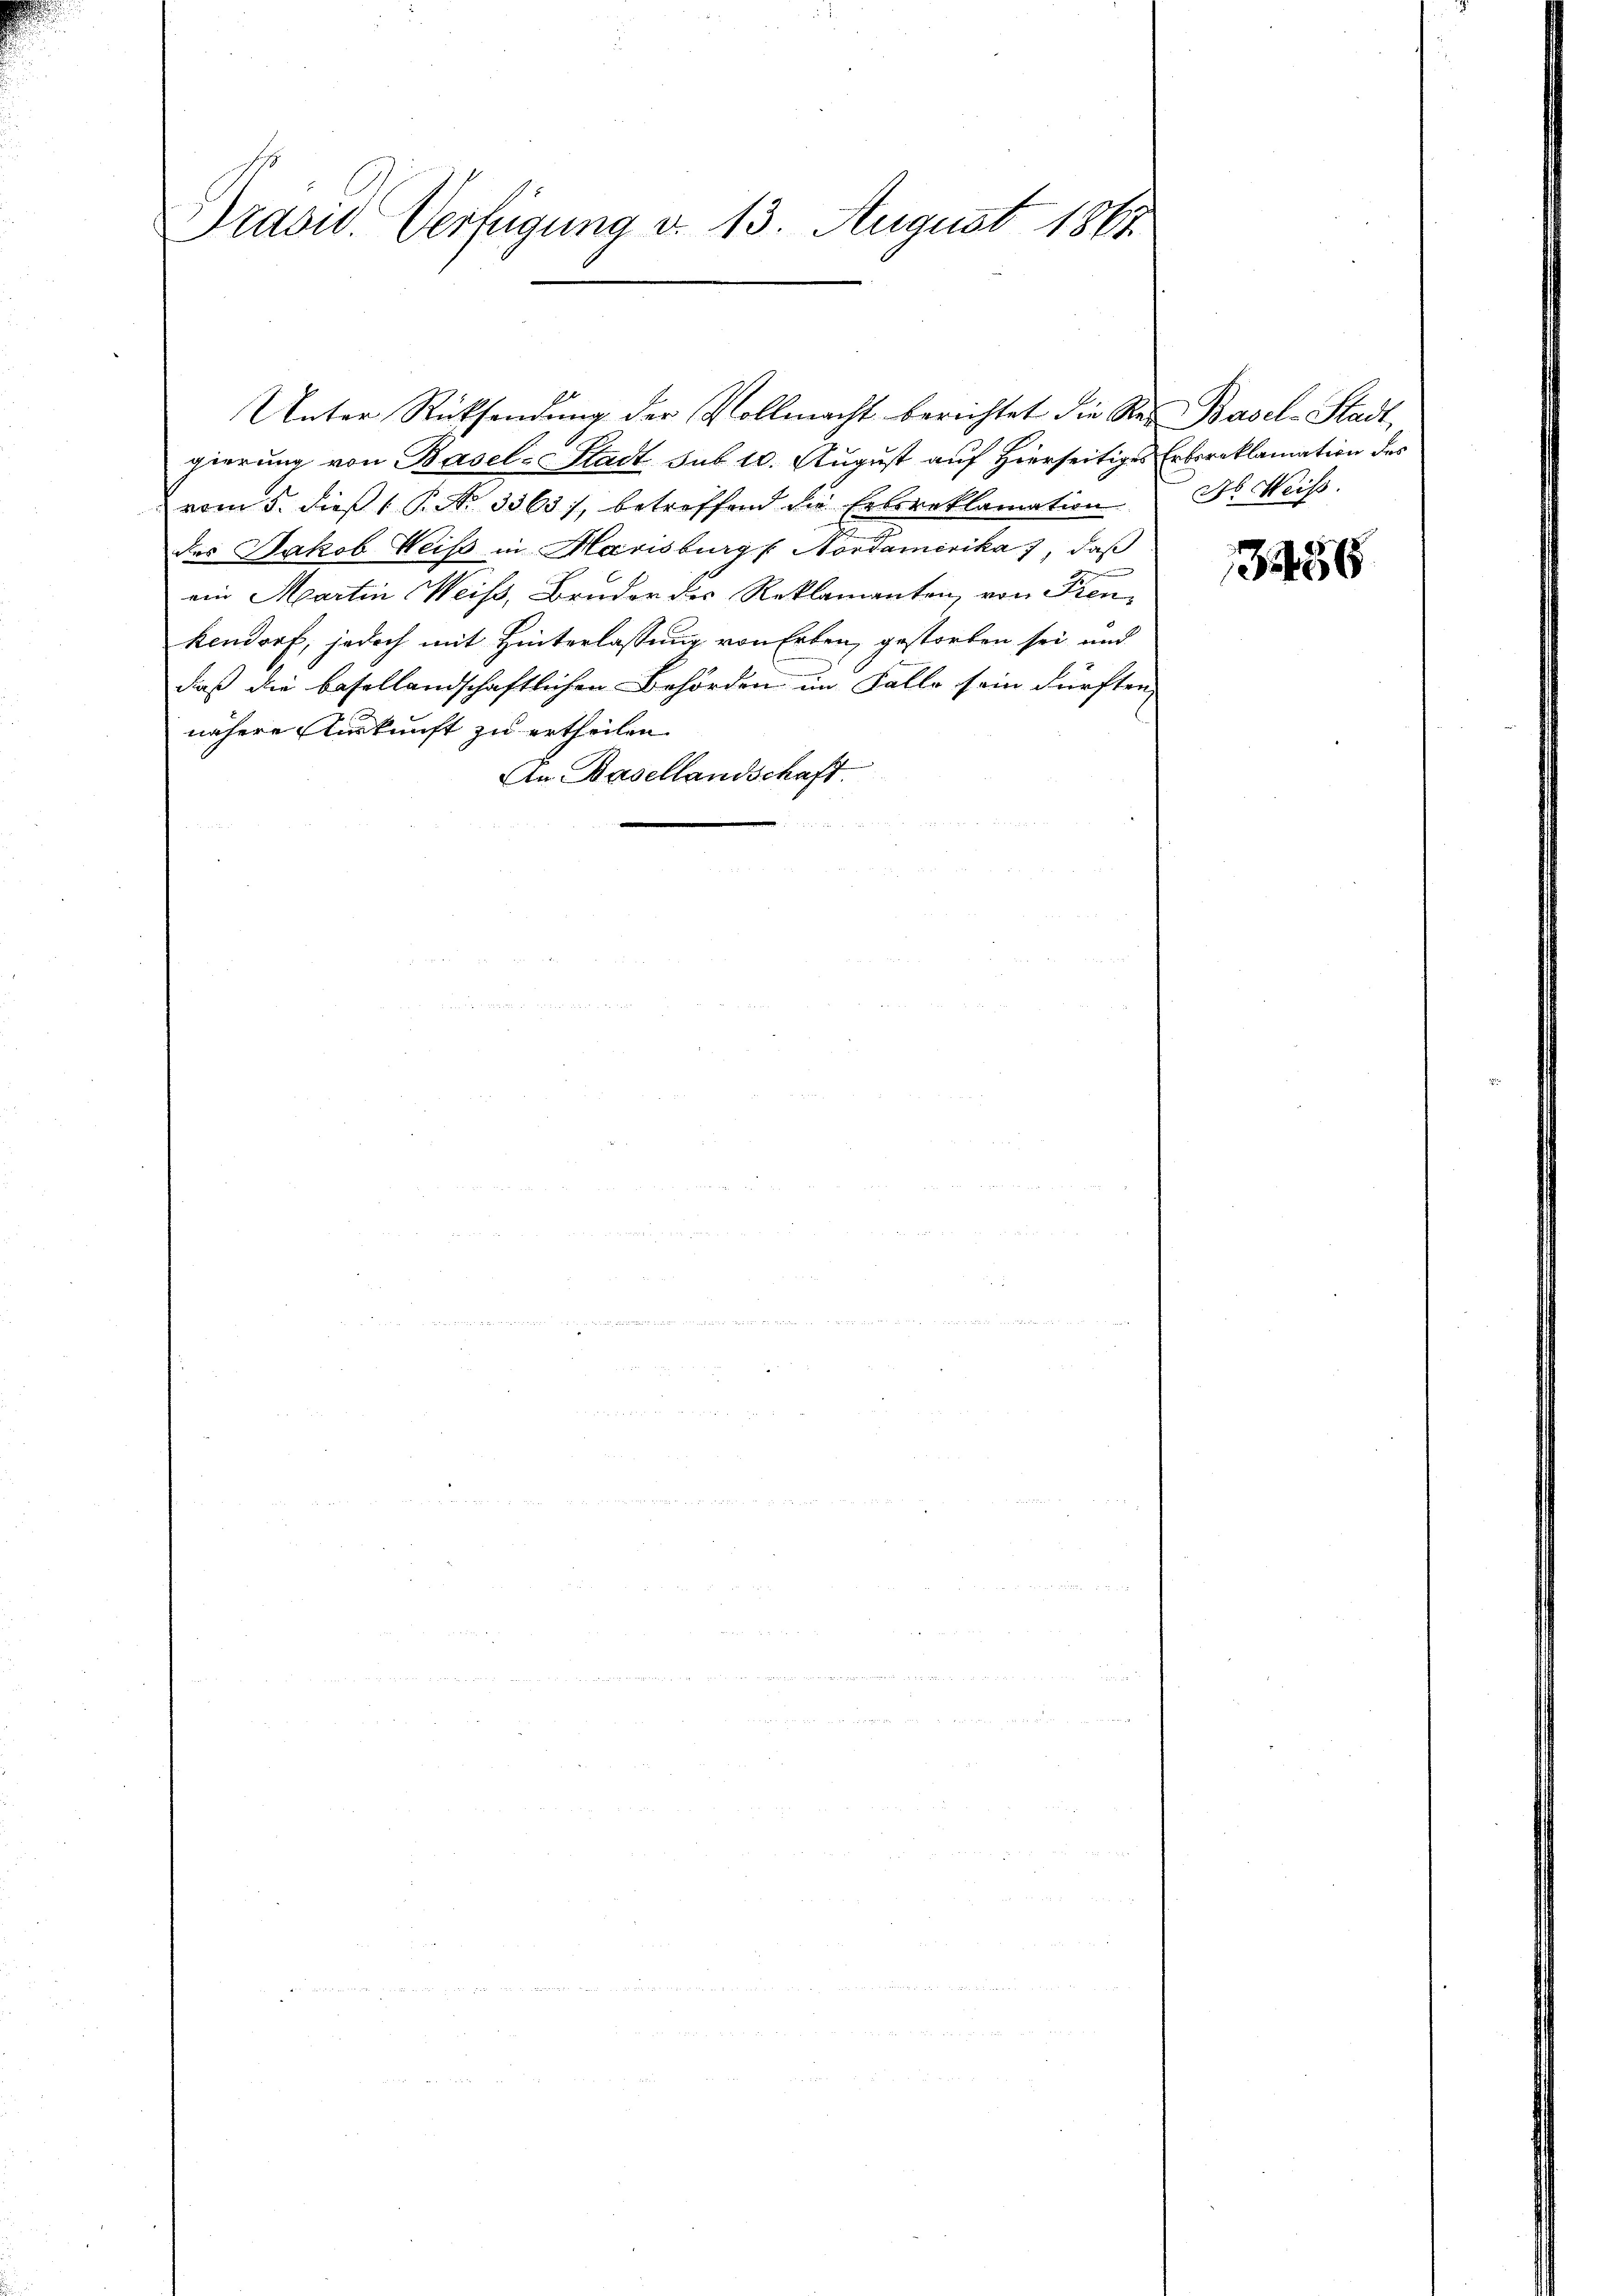
Dradw. Verfügung d. 13. August 1861

gierung von Basel-Stadt sub 10. August auf Hierseitiges Erbereklamation des
vom 5. dieß P. No 3363), betreffend die Erbreklamation
des Jakob Weiß in Marisburg f Nordamerika 7, daß
ein Martin Weiss, Bruder des Reklamanten, von Freukendorf, jedoch mit Hinterlassung von Erben, gestorben sei, und
daß die basellandschaftlichen Behörden im Falle sein dürften,
nähere Auskunft zu ertheilen.
An Basellandschaft.

Unter Rücksendŭng der Vollmacht berichtet die Rei Basel-Stadt,

ds Weiß.

1356